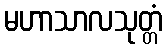
မဟာသာလသုတ္တံ